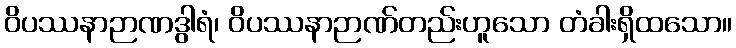
ဝိပဿနာဉာဏဒွါရံ၊ ဝိပဿနာဉာဏ်တည်းဟူသော တံခါးရှိထသော။